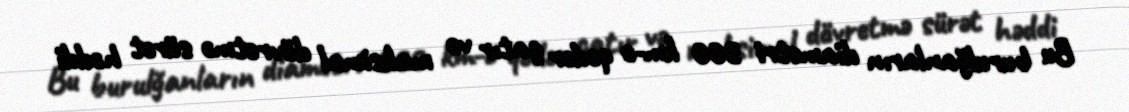
Bu burulğanların diametri 300 km-ə qədər çatır və maksimal dövretmə sürət həddi